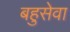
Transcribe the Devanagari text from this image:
बहुसेवा